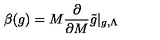
\beta ( g ) = M \frac { \partial } { \partial M } \tilde { g } | _ { g , \Lambda }